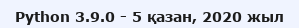
Python 3.9.0 - 5 қазан, 2020 жыл